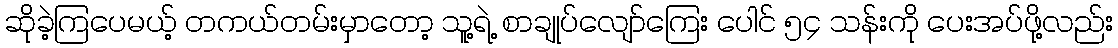
ဆိုခဲ့ကြပေမယ့် တကယ်တမ်းမှာတော့ သူ့ရဲ့ စာချုပ်လျော်ကြေး ပေါင် ၅၄ သန်းကို ပေးအပ်ဖို့လည်း